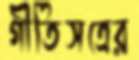
গীতিসত্রের